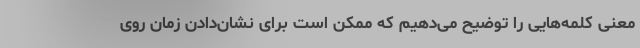
معنی کلمه‌هایی را توضیح می‌دهیم که ممکن است برای نشان‌دادن زمان روی